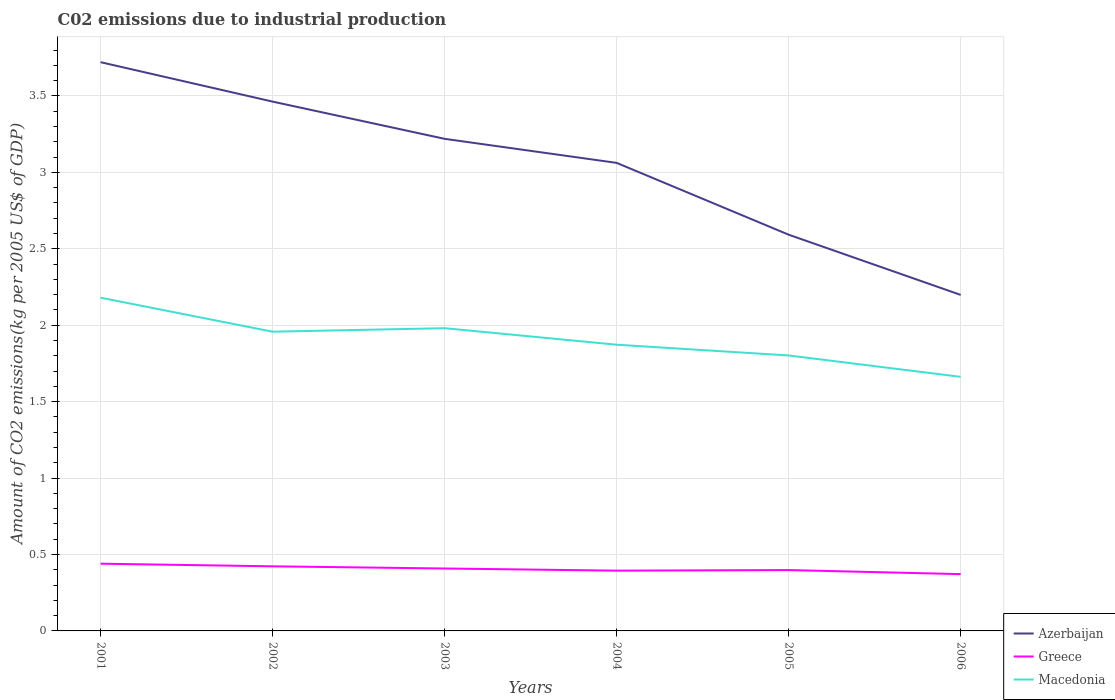
| Years | Azerbaijan | Greece | Macedonia |
 | --- | --- | --- | --- |
 | 2001 | 3.72 | 0.44 | 2.18 |
 | 2002 | 3.46 | 0.423 | 1.96 |
 | 2003 | 3.22 | 0.408 | 1.98 |
 | 2004 | 3.06 | 0.394 | 1.87 |
 | 2005 | 2.59 | 0.398 | 1.8 |
 | 2006 | 2.2 | 0.372 | 1.66 |